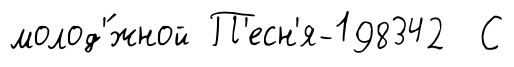
молод'́жной П'есн'я-198342 С